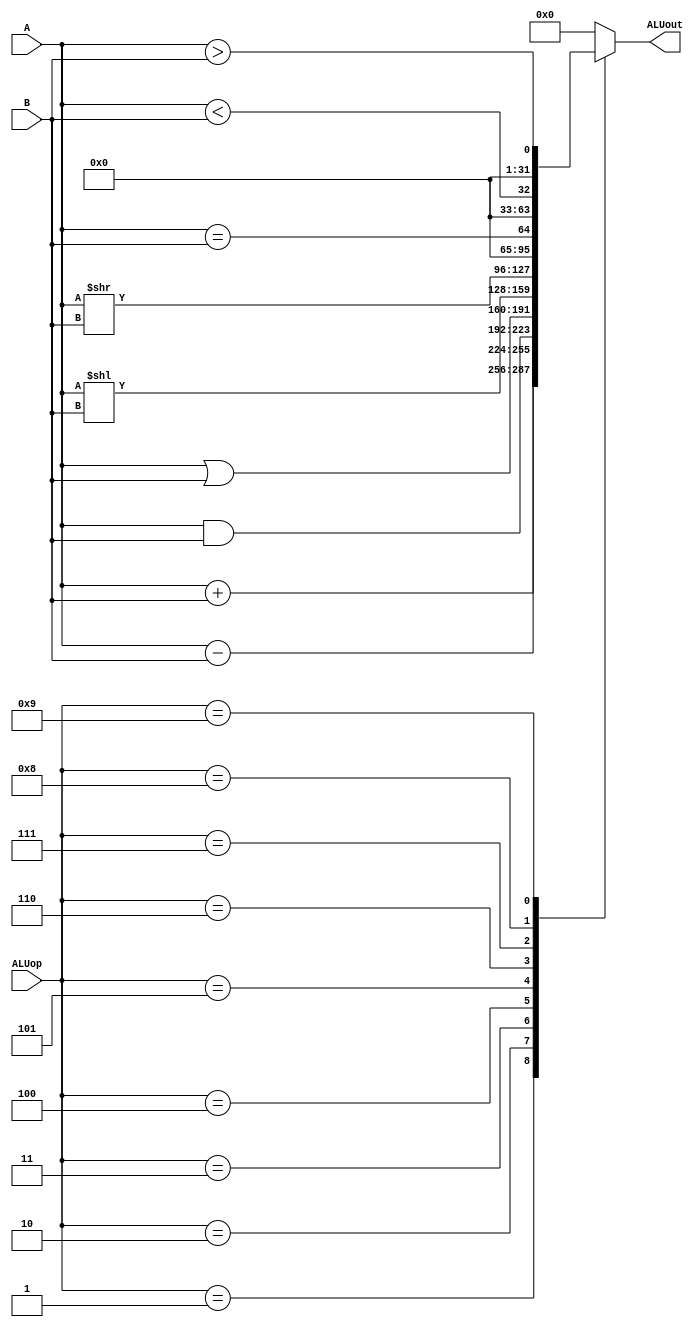
module ALU
(
    input wire [31:0] A,
    input wire [31:0] B,
    input wire [3:0] ALUop,
    output reg [31:0] ALUout
);

always @(ALUop,A,B)
begin
    case(ALUop)
        4'b0000: ALUout = 32'b0;
        4'b0001: ALUout = A+B;
        4'b0010: ALUout = A-B;
        4'b0011: ALUout = A&B;
        4'b0100: ALUout = A|B;
        4'b0101: ALUout = A<<B;
        4'b0110: ALUout = A>>B;
        4'b0111: ALUout = (A==B);
        4'b1000: ALUout = (A<B);
        4'b1001: ALUout = (A>B);
        default : ALUout = 32'b0;
    endcase
end
endmodule